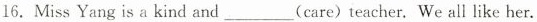
16. Miss Yang is a kind and___(care)teacher. We all like her.